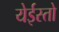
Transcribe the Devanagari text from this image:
येईस्तो